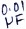
Text: 0.01µF